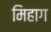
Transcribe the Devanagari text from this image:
मिहाग